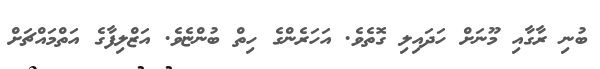
ބުނި ރާގާއި މޫނަށް ހަދައިލި ގޮތެވެ. އަހަރެންގެ ހިތް ބުންޏެވެ. އަޒްލިފާގެ އަތްމައްޗަށް